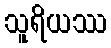
သူရိယဿ